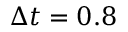
\Delta t = 0 . 8